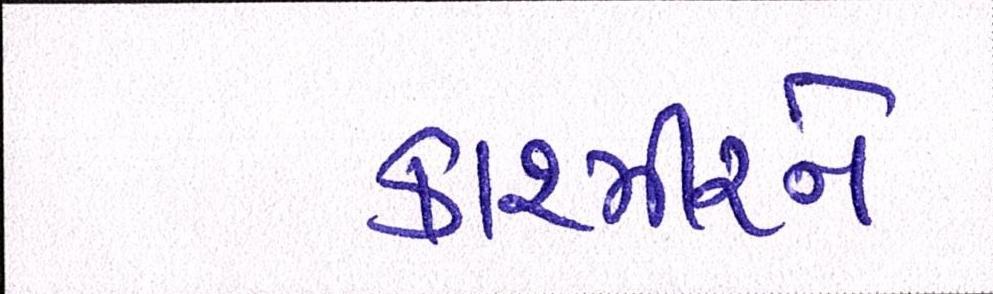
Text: કાશ્મીરને